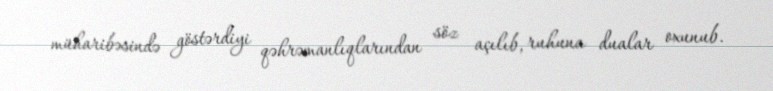
müharibəsində göstərdiyi qəhrəmanlıqlarından söz açılıb, ruhuna dualar oxunub.